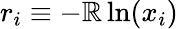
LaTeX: r_{i}\equiv-\mathbb{R}\ln(x_{i})